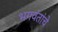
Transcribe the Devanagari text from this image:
भगवंतांचे